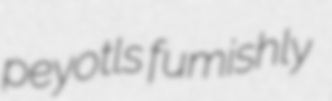
peyotls fumishly